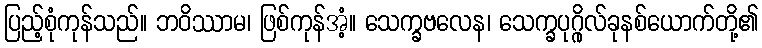
ပြည့်စုံကုန်သည်။ ဘဝိဿာမ၊ ဖြစ်ကုန်အံ့။ သေက္ခဗလေန၊ သေက္ခပုဂ္ဂိုလ်ခုနစ်ယောက်တို့၏